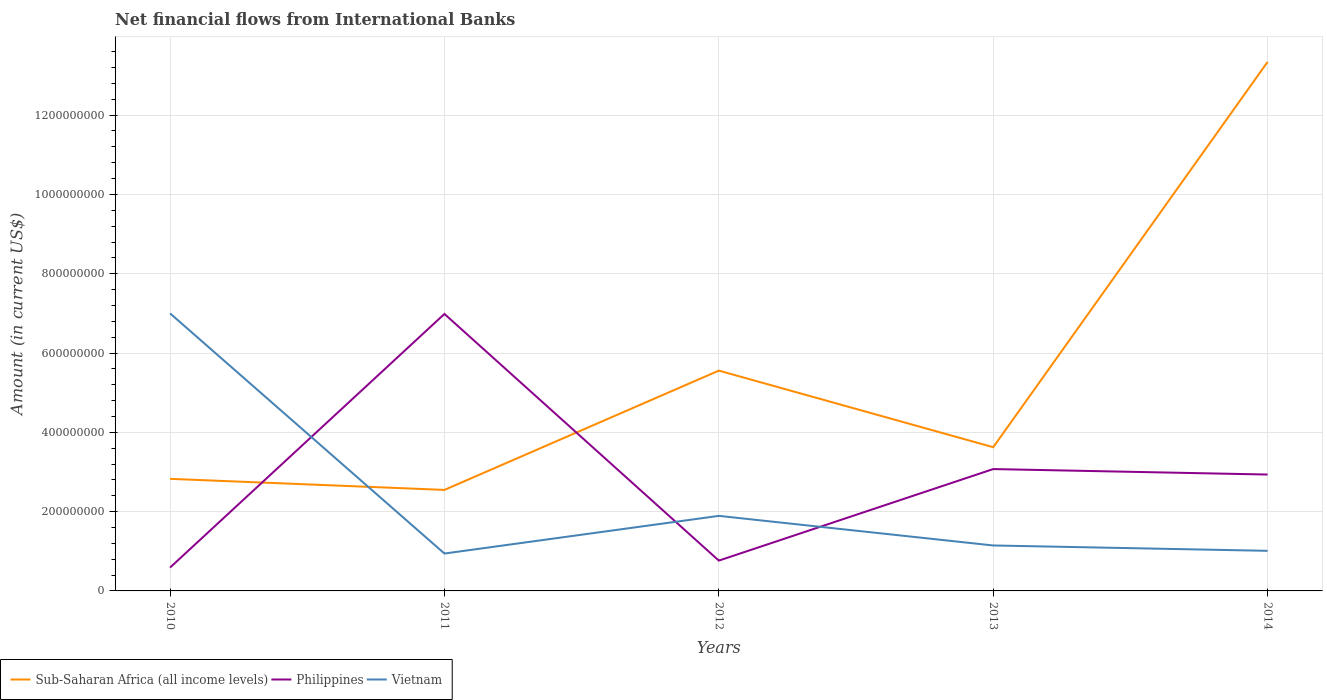
| Years | Sub-Saharan Africa (all income levels) | Philippines | Vietnam |
 | --- | --- | --- | --- |
 | 2010 | 2.83e+08 | 5.89e+07 | 7e+08 |
 | 2011 | 2.55e+08 | 6.99e+08 | 9.43e+07 |
 | 2012 | 5.56e+08 | 7.65e+07 | 1.89e+08 |
 | 2013 | 3.62e+08 | 3.07e+08 | 1.15e+08 |
 | 2014 | 1.33e+09 | 2.94e+08 | 1.01e+08 |